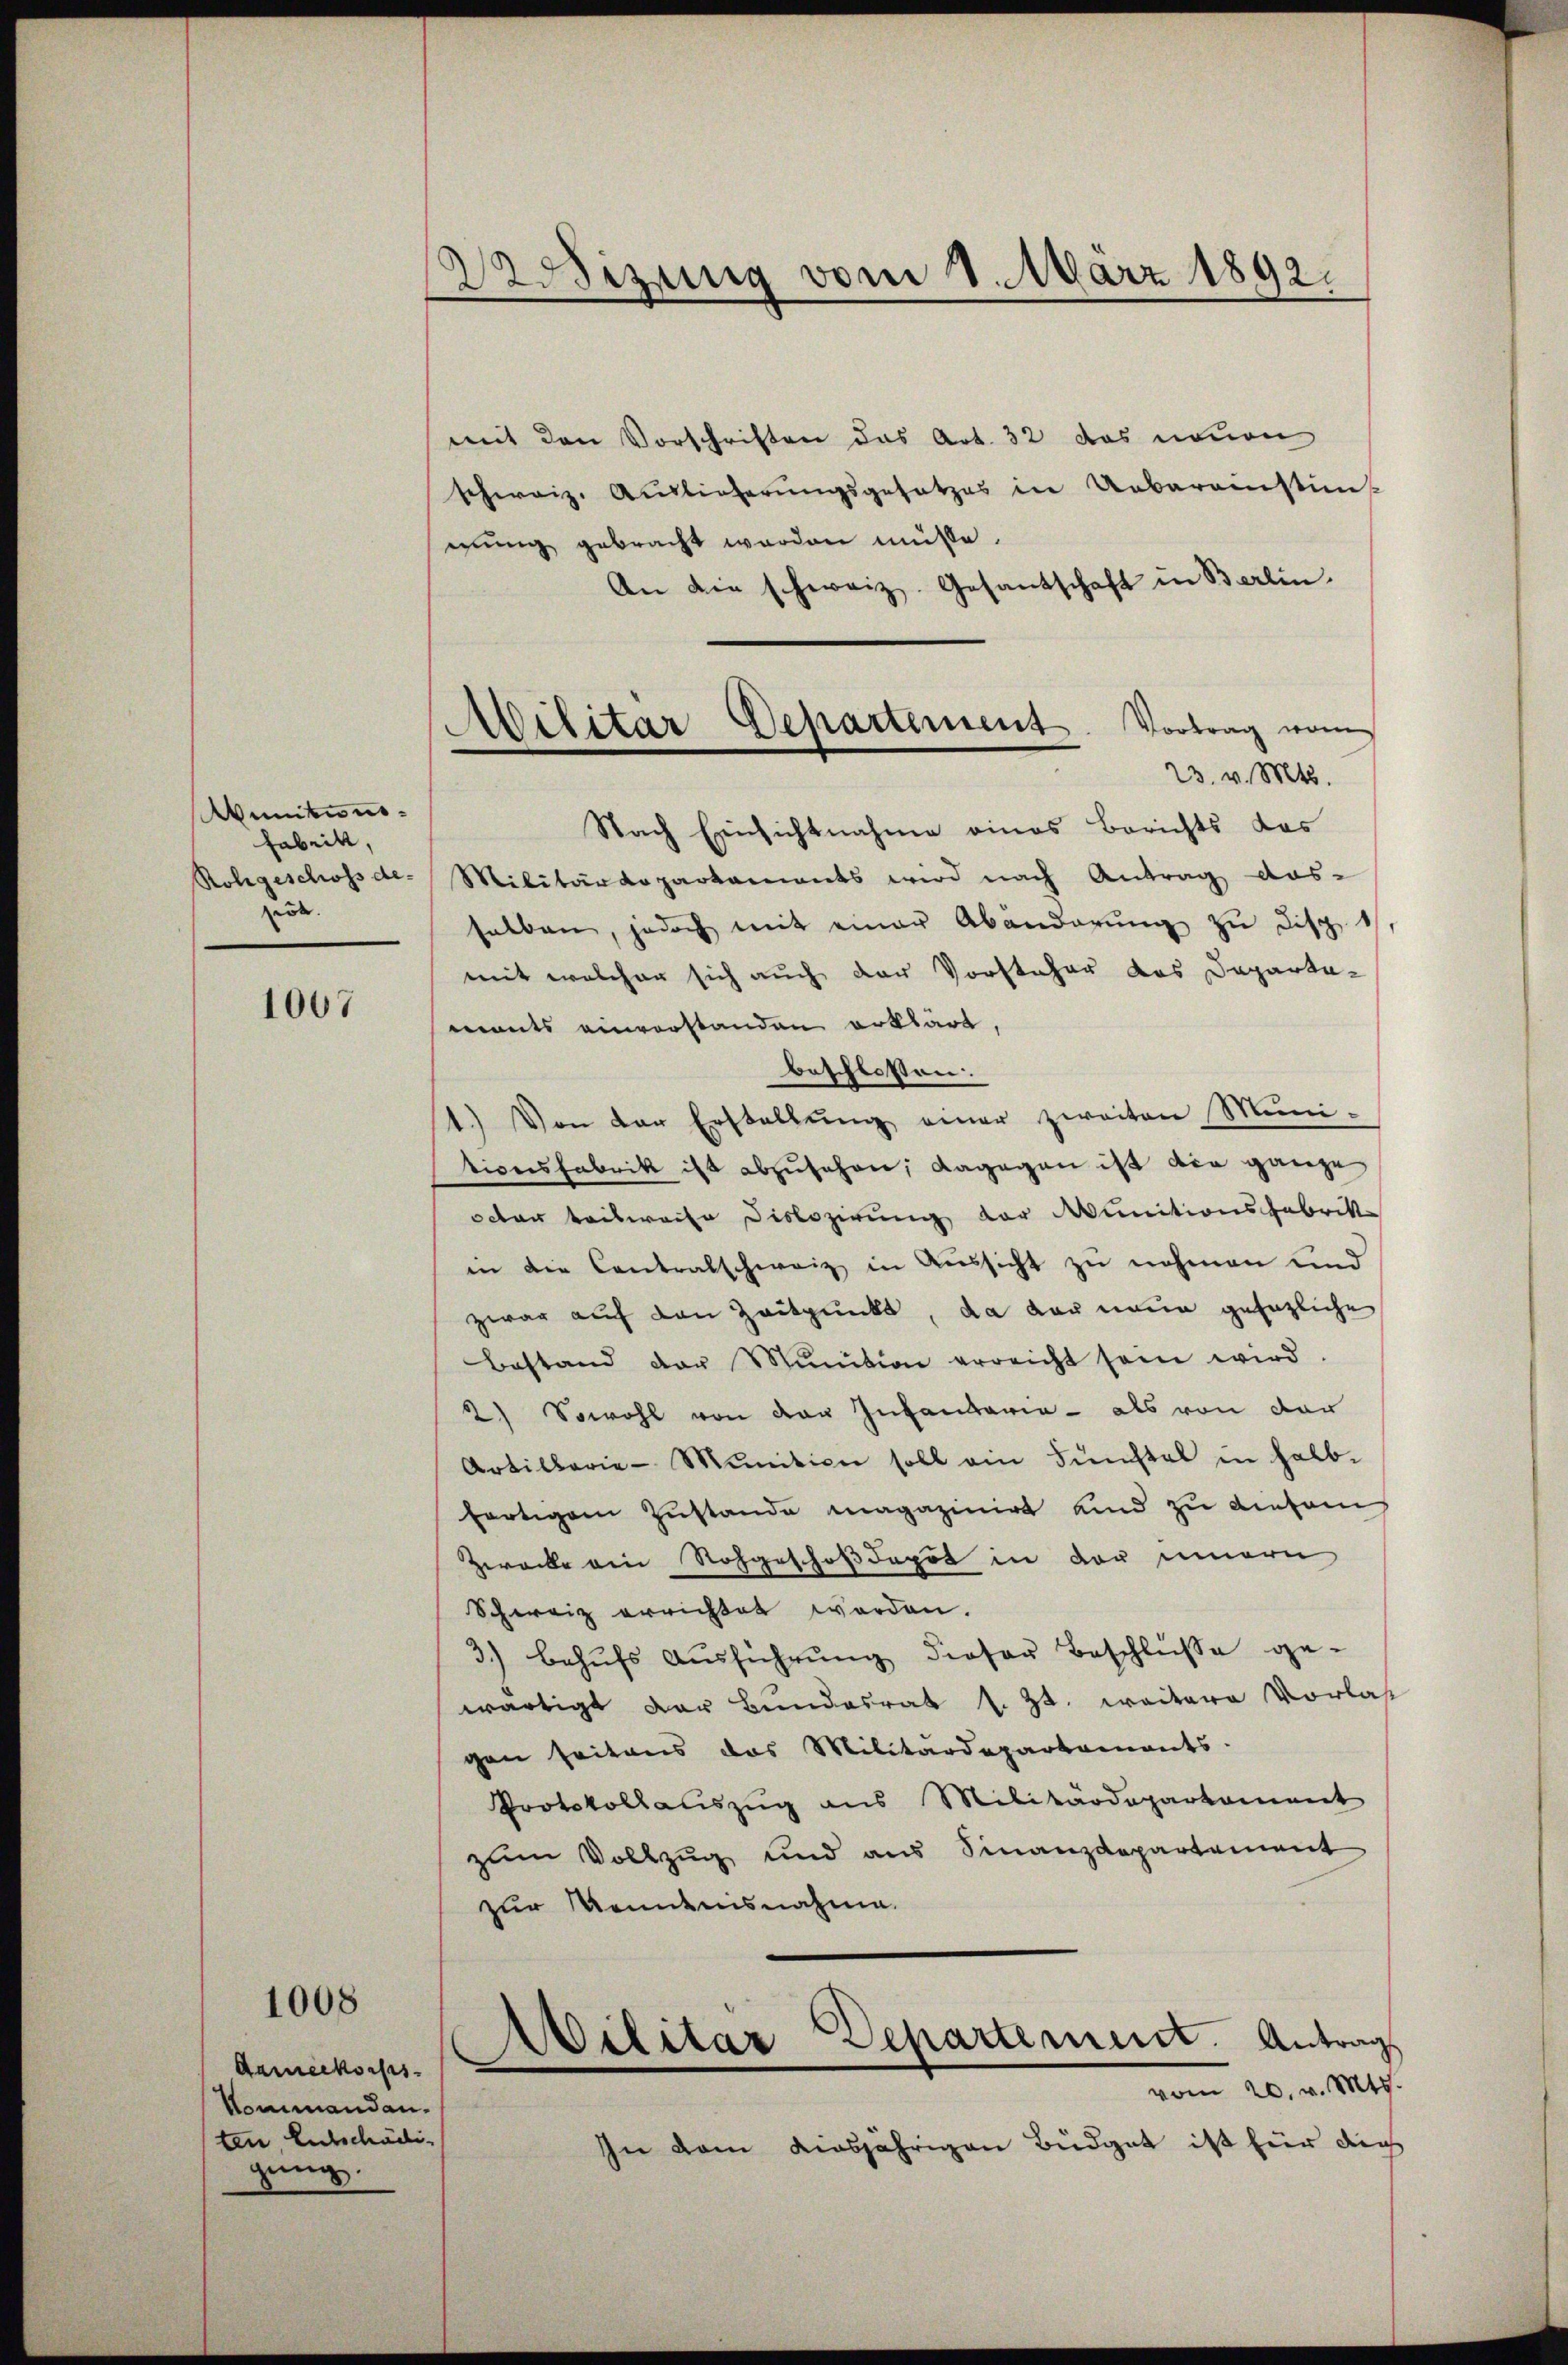
Munitions¬
Fabrik,
Rohgeschoss de-
ert.

1067

1008

Aameekonsis.
Nommandanten Entschädi
gung.

Wrsizung vom 2. März 1892.

mit den Vorschriften das Art. 32 das neuen
schweiz. Auslieferŭngsgesetzes in Uebereinstim-
mung gebracht werden müsse.
An die schweiz. Gesantschaft in Berlin.
Nach Einsichtnahme eines Berichts das
Militärdepartaments wird nach Antrag das-
selben, jedoch mit einer Abänderŭng zu disch
mit welcher sich auch der Vorsteher das Departa-
mants einverstanden erklärt,
beschlossen:
1.) Von der Erstellŭng einer zweiten Mini-
tionsfabrik ist abzusehen; dagegen ist die ganze
octer teilweise Dislozirung der Munitionsfabrik
in die Contralschweiz in Aussicht zu nehmen und
zwar auf den Zeitpunkt, da der neue gesezliche
Bestand der Minition erreicht sein wird
2) Sowohl von der Infantaria - als von der
Artillerie-Mŭnition soll ein Fenstal in halb-
fertigem Zustande magazinirt und zu diesem
Zwacke ein Sohgeschoßdepot in der innern
Schweiz errichtet worden.
3.) behŭfs Aŭsführŭng dieser Beschlüsse ge-
wärtigt der Bundesrat s. Zt. weitere Vorlas
gen seitens das Militärdepartaments
Protokollauszug aus Militärdepartement
zum Vollzug und aus Finanzdepartement
zur Kenntnisnahme.
Militar Departement. Antrag
vom 20. v. Mts.
In dem diesjährigen Büdget ist für die

Militar Departement. Vortrag vom
23. v. Mts.